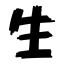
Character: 生